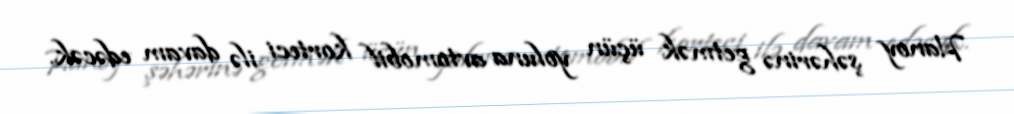
Hanoy şəhərinə getmək üçün yoluna avtomobil korteci ilə davam edəcək.